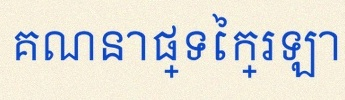
គណនាផ្ទៃក្រឡា